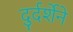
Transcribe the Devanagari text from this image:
दुर्दर्शेने